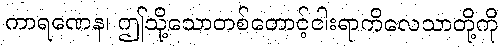
ကာရဏေန၊ ဤသို့သောတစ်တောင့်ငါးရာကိလေသာတို့ကို